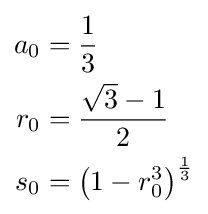
{\begin{aligned}a_{0}&={\frac {1}{3}}\\r_{0}&={\frac {{\sqrt {3}}-1}{2}}\\s_{0}&=\left(1-r_{0}^{3}\right)^{\frac {1}{3}}\end{aligned}}